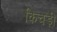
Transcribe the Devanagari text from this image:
किचड़ी